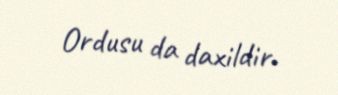
Ordusu da daxildir.